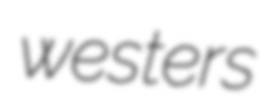
westers